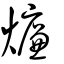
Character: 燫